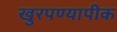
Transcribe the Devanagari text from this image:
खुरपण्यापीक